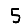
Digit: 5